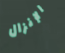
الإنزال